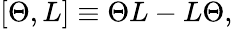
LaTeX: [{\Theta},L]\equiv{\Theta}L-L{\Theta},